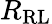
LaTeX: R_{\mathrm{RL}}